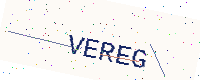
Text: VEREG